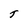
Character: T